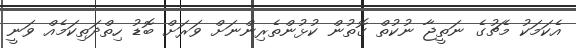
އެކަމަކު މެޗުގެ ނަތީޖާ ނުކުތް ގޮތުން ކުޅުންތެރިންނަށް ވަރަށް ބޮޑު ހިތްދަތިކަމެއް ވަނީ